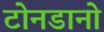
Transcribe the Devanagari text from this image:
टोनडानो